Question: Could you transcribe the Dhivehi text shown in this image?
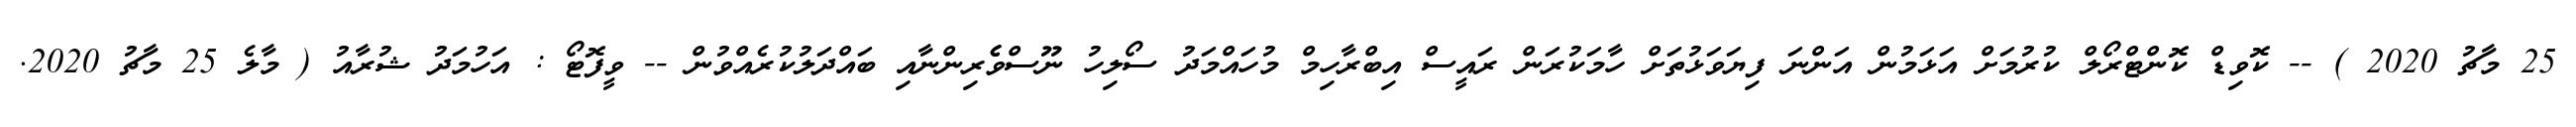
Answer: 25 މާޗު 2020 ) -- ކޮވިޑް ކޮންޓްރޯލް ކުރުމަށް އަޅަމުން އަންނަ ފިޔަވަޅުތަށް ހާމަކުރަން ރައީސް އިބްރާހިމް މުހައްމަދު ސޯލިހު ނޫސްވެެރިންނާއި ބައްދަލުކުރެއްވުން -- ވީފޮޓޯ : އަހުމަދު ޝުރާއު ( މާލެ 25 މާޗު 2020.